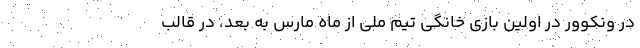
در ونکوور در اولین بازی خانگی تیم ملی از ماه مارس به بعد، در قالب